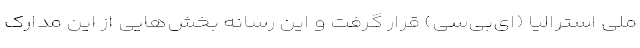
ملی استرالیا (ای‌بی‌سی) قرار گرفت و این رسانه‌ بخش‌هایی از این مدارک